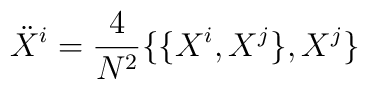
{\ddot X}^i = \frac{4}{N^2} \{ \{ X^i, X^j \}, X^j \}